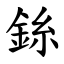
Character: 銯